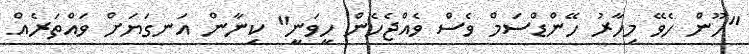
"ހޫން ހެވޭ މިހާރު ހޭންޑްސަމް ވެސް ވެއްޖެހެން ހީވަނީ" ކިނާން އަނގަޔަށް ވައްތަރެއް